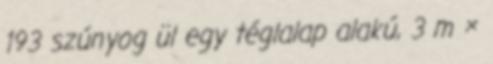
193 szúnyog ül egy téglalap alakú, 3 m ×